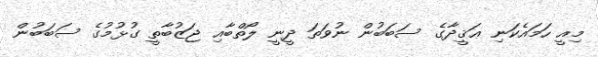
މިއީ ހަމައެކަނި ޢަޤީދާގެ ސަބަބުން ނުވަތަ ދީނީ ލޯތްބާއި ޖަޒުބާތީ ގުޅުމުގެ ސަބަބުން